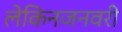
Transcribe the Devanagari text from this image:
लेकिनजनवरी